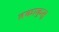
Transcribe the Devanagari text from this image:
तकाकुसू